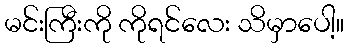
မင်းကြီးကို ကိုရင်လေး သိမှာပေါ့။